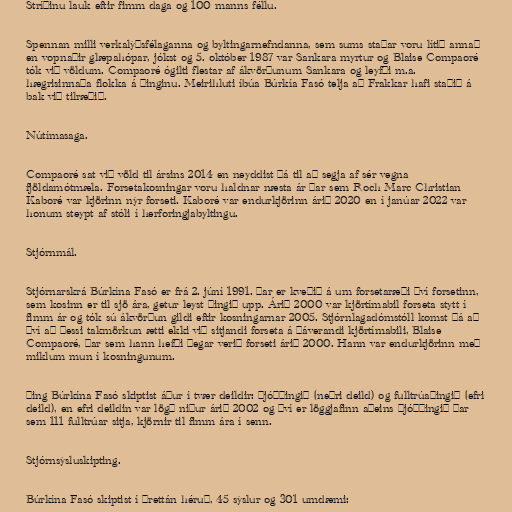
Stríðinu lauk eftir fimm daga og 100 manns féllu.

Spennan milli verkalýðsfélaganna og byltingarnefndanna, sem sums staðar voru lítið annað
en vopnaðir glæpahópar, jókst og 5. október 1987 var Sankara myrtur og Blaise Compaoré
tók við völdum. Compaoré ógilti flestar af ákvörðunum Sankara og leyfði m.a.
hægrisinnaða flokka á þinginu. Meirihluti íbúa Búrkía Fasó telja að Frakkar hafi staðið á
bak við tilræðið.

Nútímasaga.

Compaoré sat við völd til ársins 2014 en neyddist þá til að segja af sér vegna
fjöldamótmæla. Forsetakosningar voru haldnar næsta ár þar sem Roch Marc Christian
Kaboré var kjörinn nýr forseti. Kaboré var endurkjörinn árið 2020 en í janúar 2022 var
honum steypt af stóli í herforingjabyltingu.

Stjórnmál.

Stjórnarskrá Búrkína Fasó er frá 2. júní 1991. Þar er kveðið á um forsetaræði því forsetinn,
sem kosinn er til sjö ára, getur leyst þingið upp. Árið 2000 var kjörtímabil forseta stytt í
fimm ár og tók sú ákvörðun gildi eftir kosningarnar 2005. Stjórnlagadómstóll komst þá að
því að þessi takmörkun ætti ekki við sitjandi forseta á þáverandi kjörtímabili, Blaise
Compaoré, þar sem hann hefði þegar verið forseti árið 2000. Hann var endurkjörinn með
miklum mun í kosningunum.

Þing Búrkína Fasó skiptist áður í tvær deildir: þjóðþingið (neðri deild) og fulltrúaþingið (efri
deild), en efri deildin var lögð niður árið 2002 og því er löggjafinn aðeins þjóðþingið þar
sem 111 fulltrúar sitja, kjörnir til fimm ára í senn.

Stjórnsýsluskipting.

Búrkína Fasó skiptist í þrettán héruð, 45 sýslur og 301 umdæmi: